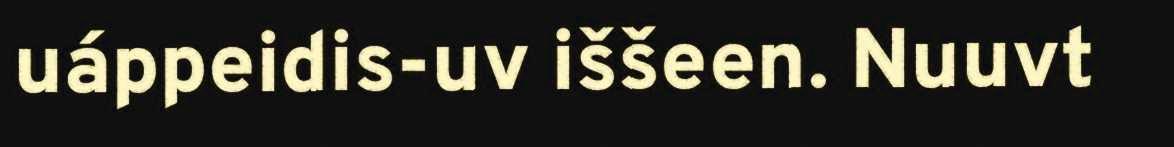
uáppeidis-uv iššeen. Nuuvt